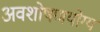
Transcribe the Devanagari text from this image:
अवशोषणयोग्य